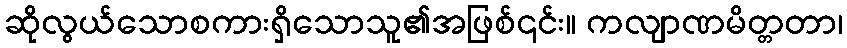
ဆိုလွယ်သောစကားရှိသောသူ၏အဖြစ်၎င်း။ ကလျာဏမိတ္တတာ၊